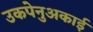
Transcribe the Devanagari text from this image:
उकपेनुअकाई